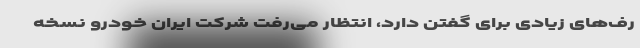
رف‌های زیادی برای گفتن دارد، انتظار می‌رفت شرکت ایران‌ خودرو نسخه